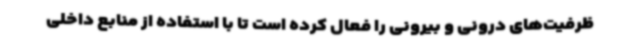
ظرفیت‌های درونی و بیرونی را فعال کرده است تا با استفاده از منابع داخلی